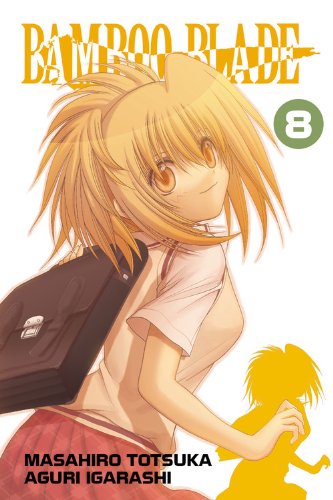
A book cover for Bamboo Blade, Vol. 8; Masahiro Totsuka; Comics & Graphic Novels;